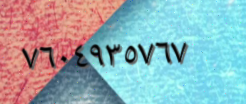
٧٦٠٤٩٣٥٧٦٧